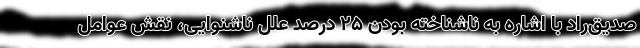
صدیق‌راد با اشاره به ناشناخته بودن ۲۵ درصد علل ناشنوایی، نقش عوامل